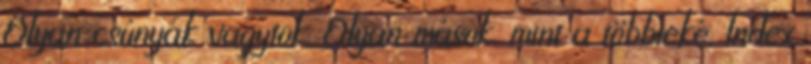
Olyan csúnyák vagytok. Olyan mások, mint a többieké. Index